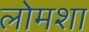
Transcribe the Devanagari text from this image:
लोमशा